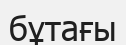
бұтағы